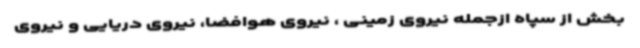
بخش از سپاه ازجمله نیروی زمینی ، نیروی هوافضا، نیروی دریایی و نیروی